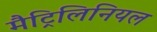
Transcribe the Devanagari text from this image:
मैट्रिलिनियल